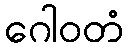
ဂေါဝတံ